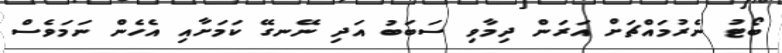
ބޯޓު ނެރުމައްޗަށް އަރަން ދިމާވި ސަބަބު އަދި ނޭނގޭ ކަމަށާއި އެހެން ނަމަވެސް